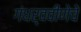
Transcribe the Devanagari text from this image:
गंधर्ववीणेचे